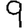
Digit: 9